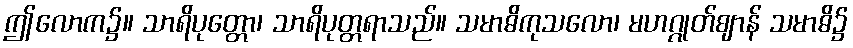
ဤလောက၌။ သာရိပုတ္တော၊ သာရိပုတ္တရာသည်။ သမာဓိကုသလော၊ မဟဂ္ဂုတ်ဈာန် သမာဓိ၌